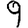
Digit: 9